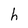
Character: h